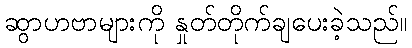
ဆွာဟဗာများကို နှုတ်တိုက်ချပေးခဲ့သည်။